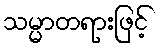
သမ္မာတရားဖြင့်